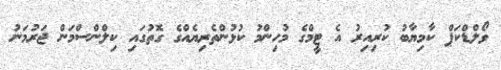
ވޯލްޑްކަޕް ކާމިޔާބު ކުރިއިރު އެ ޓީމްގެ މުހިންމު ކުޅުންތެރިޔެއްގެ ގޮތުގައި ކިލްންސްމަން ޖަރުމަނު